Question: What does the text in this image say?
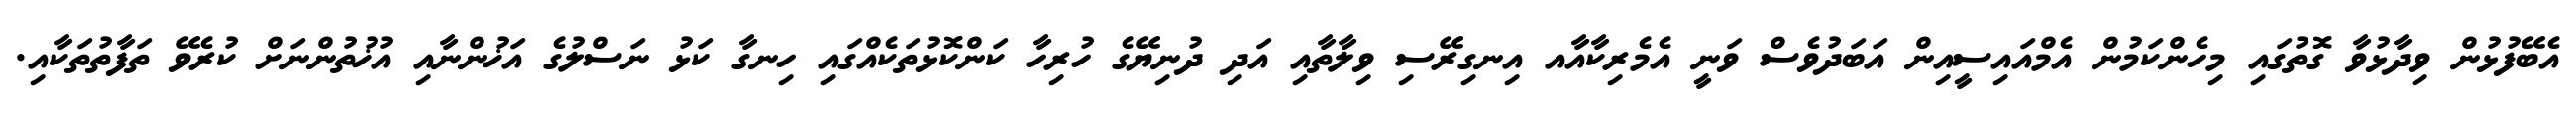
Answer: އެބޭފުޅުން ވިދާޅުވާ ގޮތުގައި މިހެންކަމުން އެމްއައިސީއިން އަބަދުވެސް ވަނީ އެމެރިކާއާއ އިނގިރޭސި ވިލާތާއި އަދި ދުނިޔޭގެ ހުރިހާ ކަންކޮޅުތަކެއްގައި ހިނގާ ކަޅު ނަސްލުގެ އަޚުންނާއި އުޚުތުންނަށް ކުރެވޭ ތަފާތުތަކާއި.